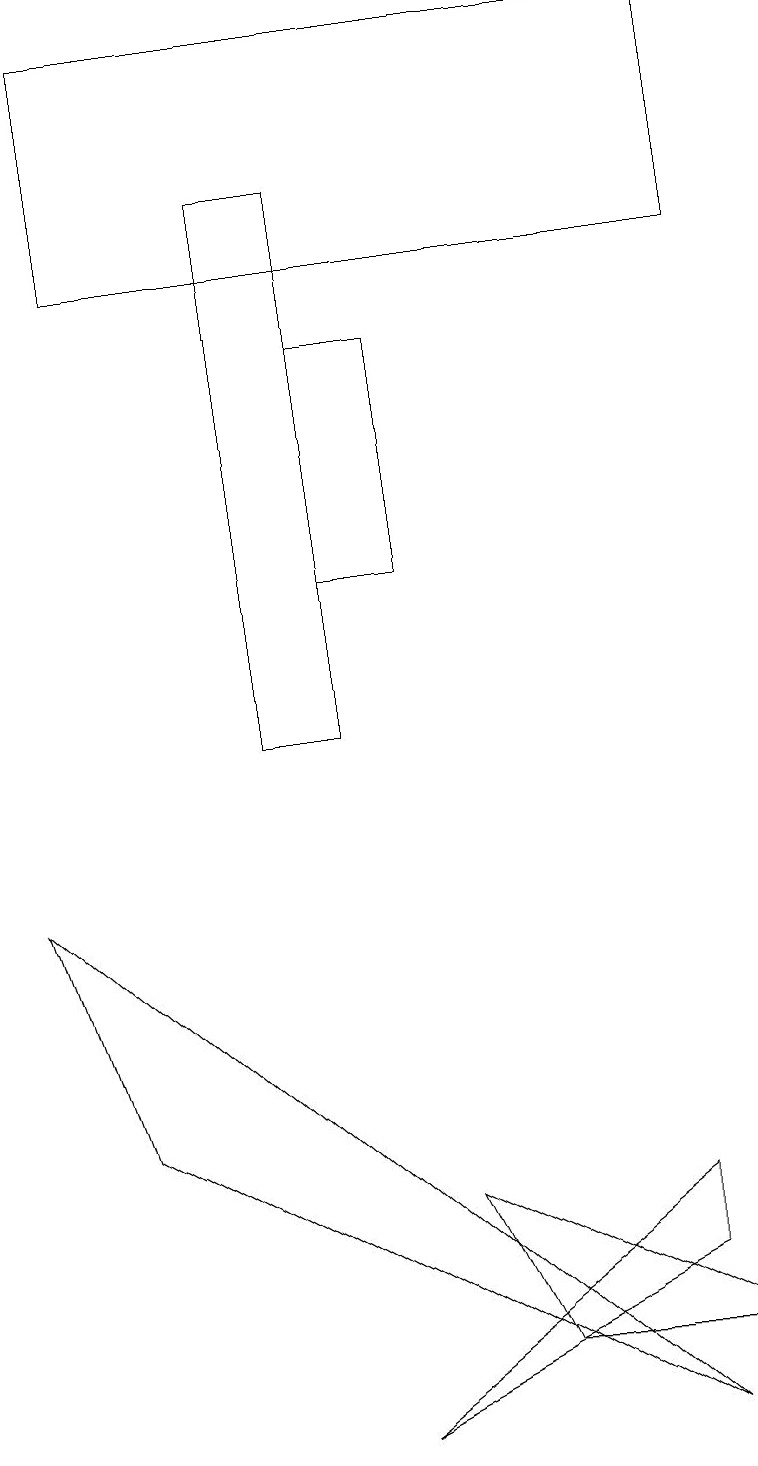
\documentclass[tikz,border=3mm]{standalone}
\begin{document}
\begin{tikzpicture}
\draw (3,10) rectangle (4,17);
\draw (9,19) rectangle (1,16);
\draw (1,5) -- (8,1) -- (0,8) -- cycle;
\draw (6,2) -- (5,4) -- (9,2) -- cycle;
\draw (8,4) -- (8,3) -- (4,1) -- cycle;
\draw (4,15) rectangle (5,12);
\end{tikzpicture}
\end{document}